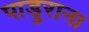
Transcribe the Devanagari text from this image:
पाडुराना